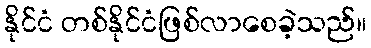
နိုင်ငံ တစ်နိုင်ငံဖြစ်လာစေခဲ့သည်။